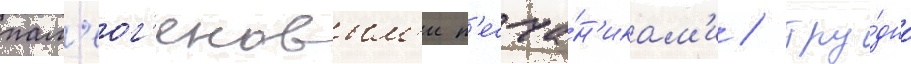
пал'еог'еновым'и п'есча́н'икам'и / тру́дно